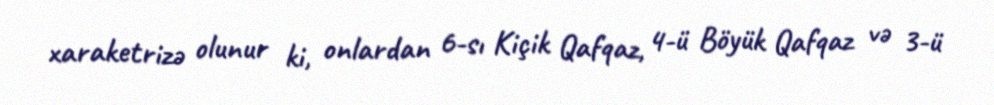
xaraketrizə olunur ki, onlardan 6-sı Kiçik Qafqaz, 4-ü Böyük Qafqaz və 3-ü